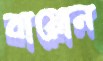
বায়োন